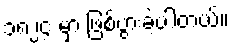
၁၈၂၄ မှာ ဖြစ်ပွားခဲ့ပါတယ်။